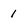
Character: 1